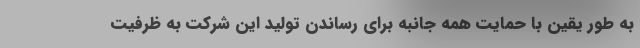
به طور یقین با حمایت همه جانبه برای رساندن تولید این شرکت به ظرفیت